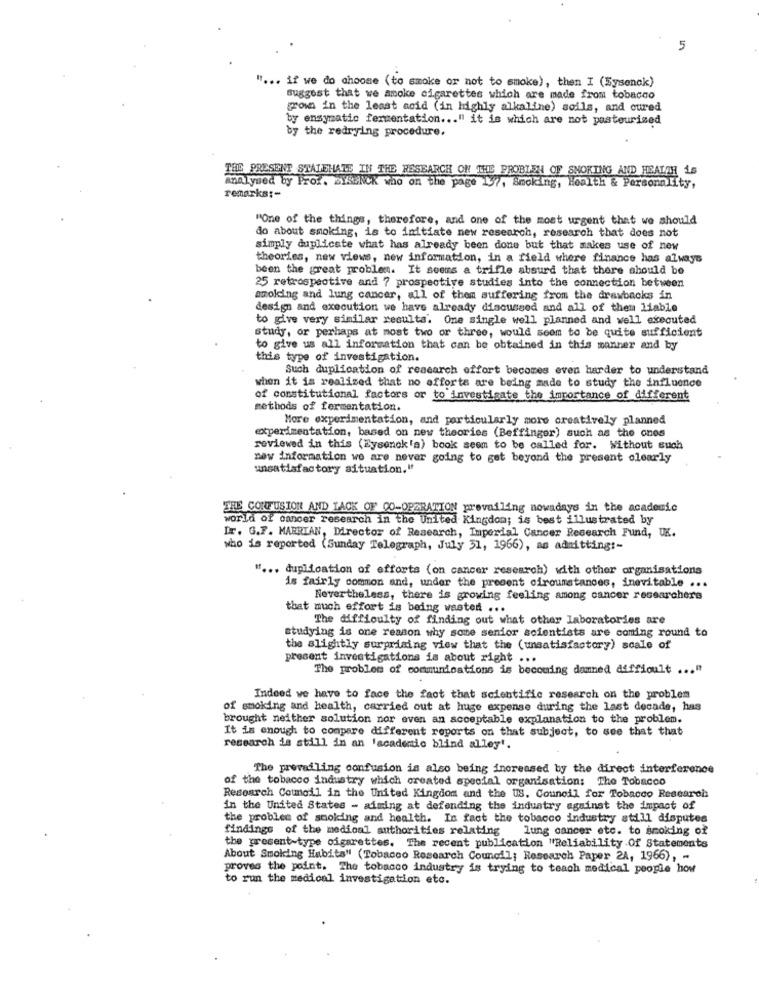
5
" ... if we do choose (to smoke or not to smoke), then I (Eysenck)
suggest that we amoke cigarettes which are made from tobacco
grown in the least acid (in highly alkaline) soils, and cured
by ensymatic fermentation ... " it is which are not pasteurized
by the redrying procedure.
THE PRESENT STALEHATE IN THE RESEARCH ON THE PROBLEN OF SHORING AND HEALTH 16
Analysed by Prof. BYSENCK who on the page 137, Smoking, Health & Personality,
remarks :-
"One of the things, therefore, and one of the most urgent that we should
do about smoking, is to initiate new research, research that does not
simply duplicate what has already been done but that makes use of new
theories, new views, new information, in a field where finance has always
been the great problem. It seems a trifle absurd that there should be
25 retrospective and 7 prospective studies into the connection between
amolding and lung cancer, all of them suffering from the drawbacks in
design and execution we have already discussed and all of them liable
to give very similar results. One single well planned and well executed
study, or perhaps at most two or three, would seem to be quite sufficient
to give us all information that can be obtained in this manner and by
this type of investigation.
Such duplication of research effort becomes even harder to understand
when it is realized that no efforts are being made to study the influence
of constitutional factors or to investigate the importance of different
methods of fermentation.
More experimentation, and particularly more creatively planned
experimentation, based on new theories (Beffinger) such as the ones
reviewed in this (Eysenck 'a) book seem to be called for. Without such
new information we are never going to get beyond the present clearly
unsatisfactory situation,"
THE CONFUSION AND LACK OF 00-OPERATION prevailing nowadays in the academic
world of cancer research in the United Kingdom; is best illustrated by
Ir. G.F. MABRIAN, Director of Research, Imperial Cancer Research Fund, UK.
who is reported (Sunday Telegraph, July 31, 1966), as admitting :-
" ... duplication of efforts (on cancer research) with other organisations
is fairly common and, under the present circumstances, inevitable ...
Nevertheless, there is growing feeling among cancer researchers
that much effort is being wasted ...
The difficulty of finding out what other laboratories are
studying is one reason why some senior scientists are coming round to
the slightly surprising view that the (unsatisfactory) scale of
present investigations is about right ...
The problem of communications is becoming damned difficult ... "
Indeed we have to face the fact that scientific research on the problem
of smoking and health, carried out at huge expense during the last decade, has
brought neither solution nor even an acceptable explanation to the problem.
It is enough to compare different reports on that subject, to see that that
research is still in an 'academie blind alley !.
The prevailing confusion is also being increased by the direct interference
of the tobacco industry which created special organisation: The Tobacco
Research Council in the United Kingdom and the US. Council for Tobacco Research
in the United States - aiming at defending the industry against the impact of
the problem of smoking and health. In fact the tobacco industry still disputes
findings of the medical authorities relating
lung cancer etc. to smoking of
the present-type cigarettes. The recent publication "Reliability Of Statements
About Smoking Habits" (Tobacco Research Council; Research Paper 2A, 1966), -
proves the point. The tobacco industry is trying to teach medical people how
to run the medical investigation etc.